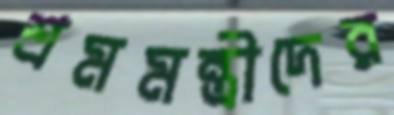
শ্রমমন্ত্রীদের